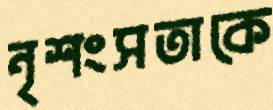
নৃশংসতাকে